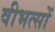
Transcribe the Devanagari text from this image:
वीभत्सों